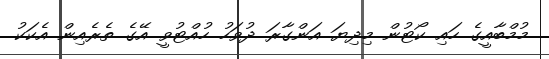
މުމްބާއީގެ ހައި ކޯޓުން މިދިޔަ އަންގާރަ ދުވަހު ހުއްޓުވީ އޭގެ ތެރެއިން އެކަކު